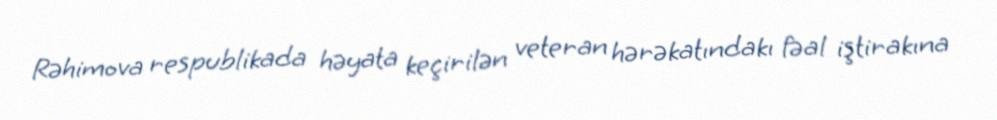
Rəhimova respublikada həyata keçirilən veteran hərəkatındakı fəal iştirakına